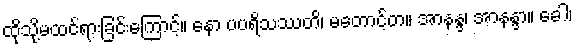
ထိုသို့မထင်ရားခြင်းကြောင့်။ နော ပပရိသဿတိ၊ မတောင့်တ။ အာနန္ဒ၊ အာနန္ဒာ။ ခေါ၊